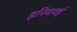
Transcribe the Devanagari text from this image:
इनियावई